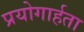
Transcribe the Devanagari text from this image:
प्रयोगार्हता